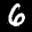
Digit: 6